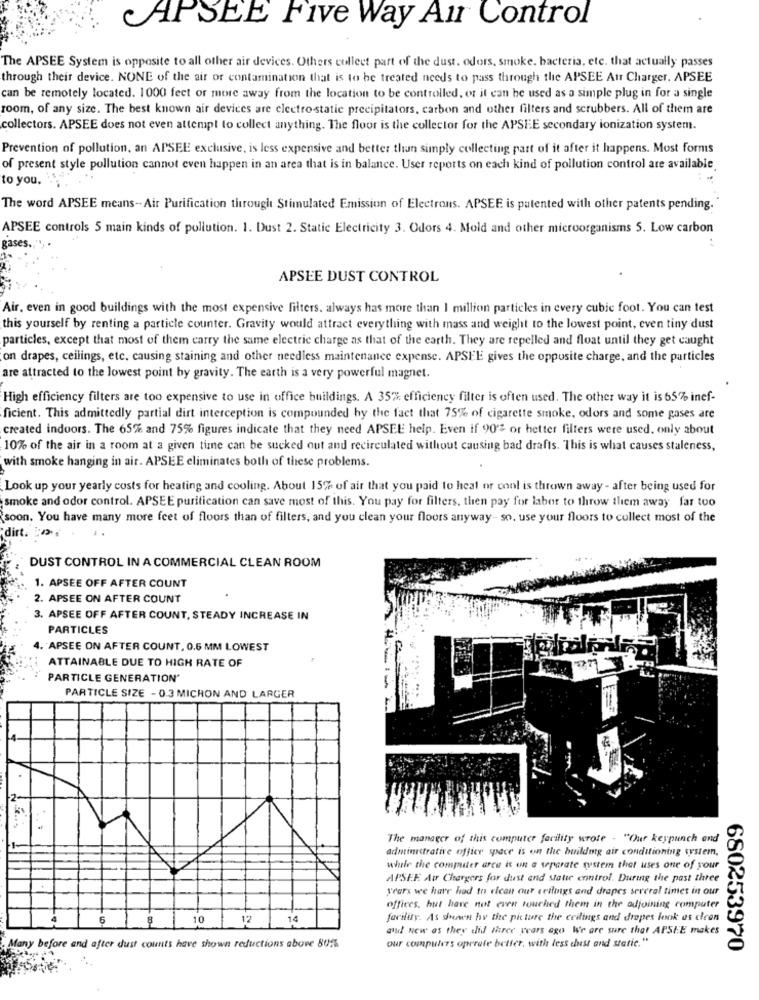
CAPSEE Five Way Air Control
The APSEE System is opposite to all other air devices. Others collect part of the dust. odors, smoke. bacteria, etc. that actually passes
through their device. NONE of the air or contamination that is to be treated needs to pass through the APSEE Atr Charger. APSEE
can be remotely located. 1000 feet or more away from the location to be controlled, or it can be used as a simple plug in for a single
room, of any size. The best known air devices are electrostatic precipitators, carbon and other filters and scrubbers. All of them are
collectors. APSEE does not even attempt to collect anything. The floor is the collector for the APSEE secondary ionization system.
Prevention of pollution, an APSEE exclusive, is less expensive and better than simply collecting part of it after it happens. Most fornis
of present style pollution cannot even happen in an area that is in balance. User reports on each kind of pollution control are available
to you.
The word APSEE means- Air Purification through Stimulated Emission of Electrons. APSEE is patented with other patents pending.
APSEE controls 5 main kinds of pollution. 1. Dust 2. Static Electricity 3. Odors 4. Mold and other microorganisms 5. Low carbon
gases.
APSEE DUST CONTROL
Air, even in good buildings with the most expensive filters, always has more than 1 million particles in every cubic foot. You can test
this yourself by renting a particle counter. Gravity would attract everything with mass and weight to the lowest point, even tiny dust
particles, except that most of them carry the same electric charge as that of the earth. They are repelled and float until they get caught
on drapes, ceilings, etc. causing staining and other needless maintenance expense. APSEE gives the opposite charge, and the particles
are attracted to the lowest point by gravity. The earth is a very powerful magnet.
High efficiency filters are too expensive to use in office buildings. A 35% efficiency filter is often used. The other way it is 65% inef-
ficient. This admittedly partial dirt interception is compounded hy the fact that 75% of cigarette smoke, odors and some gases are
created indoors. The 65% and 75% figures indicate that they need APSEE help. Even if 90'2 or better filters were used, only about
10% of the air in a room at a given time can be sucked out and recirculated without causing bad drafts. This is what causes staleness,
with smoke hanging in air. APSEE eliminates both of these problems.
Look up your yearly costs for heating and cooling. About 15% of air that you paid to heal or cool is thrown away - after being used for
smoke and odor control. APSEE purification can save most of this. You pay for filters, then pay for labor to throw them away far too
soon. You have many more feet of floors than of filters, and you clean your floors anyway- so, use your floors to collect most of the
DUST CONTROL IN A COMMERCIAL CLEAN ROOM
1. APSEE OFF AFTER COUNT
2. APSEE ON AFTER COUNT
3. APSEE OFF AFTER COUNT, STEADY INCREASE IN
PARTICLES
4. APSEE ON AFTER COUNT, 0.6 MM LOWEST
ATTAINABLE DUE TO HIGH RATE OF
PARTICLE GENERATION"
PARTICLE SIZE - 0.3 MICRON AND LARGER
The manager of this computer farility wrote - "Our keypunch and
administrative office space is on the building air conditioning system.
while the computer arce is on a separate system that uses one of your
APSEE Au Chargers for dust and static enntrol. During the past three
year's we have had to clean our settings and drapes several times in our
offices, but have not even touched them in the adjoining computer
6
10
12
14
facility. As Suwen hv the picture the ceilings and dropes look as cleen
and new as they did three years ago We are sure that APSIE makes
our computers operate better, with less dust and static."
Many before and after dust counts have shown reductions above 80%
680253970